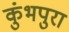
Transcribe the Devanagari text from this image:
कुंभपुरा